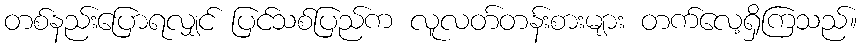
တစ်နည်းပြောရလျှင် ပြင်သစ်ပြည်က လူလတ်တန်းစားများ တက်လေ့ရှိကြသည်။